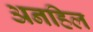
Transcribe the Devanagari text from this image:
अनहिल